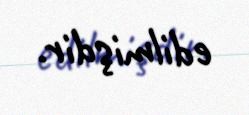
edilmişdir.